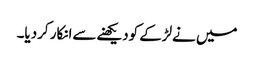
میں نےلڑکے کودیکھنےسےانکار کردیا۔